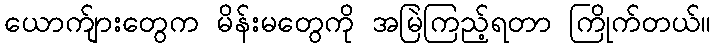
ယောက်ျားတွေက မိန်းမတွေကို အမြဲကြည့်ရတာ ကြိုက်တယ်။